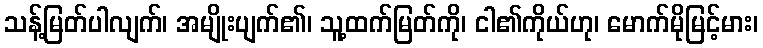
သန့်မြတ်ပါလျက်၊ အမျိုးပျက်၏၊ သူ့ထက်မြတ်ကို၊ ငါ၏ကိုယ်ဟု၊ မောက်မိုမြင့်မား၊